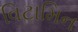
વિટામિન